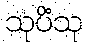
သုပိံသု